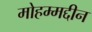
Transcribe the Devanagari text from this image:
मोहम्मद्दीन